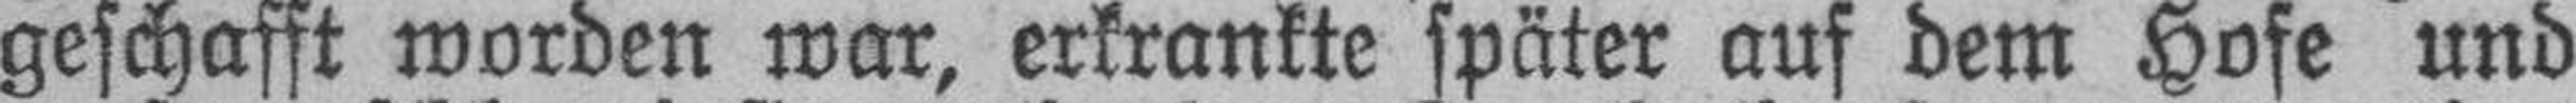
geschafft worden war, erkrankte später auf dem Hofe und